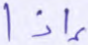
إذا